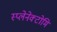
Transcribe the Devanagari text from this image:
स्प्लेनेक्टोमि